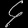
Digit: ၄